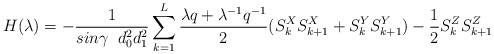
\begin{align*}H({\lambda}) = - \frac{1}{ sin \gamma \;\;d_0^2 d_1^2}\sum^{L}_{k=1}\frac{{\lambda} q+ {\lambda}^{-1} q^{-1}}{2}( S^X_k S^X_{k+1} + S^Y_k S^Y_{k + 1} ) - \frac{1}{2}S^Z_k S^Z_{k + 1}\end{align*}